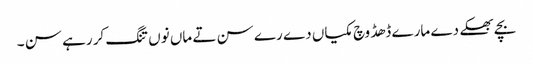
بچے بھکے دے مارے ڈھڈ وچ مکیاں دے رے سن تے ماں نوں تنگ کر رہے سن ۔